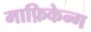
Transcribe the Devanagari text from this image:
माफ़िकेन्ग